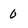
Character: 0